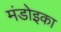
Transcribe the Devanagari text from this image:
मंडोइका